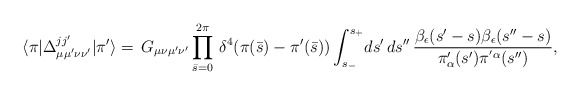
\begin{align*}\langle\pi|\Delta^{jj'}_{\mu\mu'\nu\nu'}|\pi'\rangle=\, G_{\mu\nu\mu'\nu'}\prod_{\bar s=0}^{2\pi}\,\delta^4(\pi(\bar s)-\pi'(\bar s))\int_{s_-}^{s_+}\!ds'\,ds''\,{{\beta_\epsilon(s'-s)\beta_\epsilon(s''-s)}\over{\pi'_\alpha(s')\pi^{'\alpha}(s'')}},\end{align*}